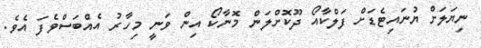
ނިޔަލަށް ޔުނައިޓެޑަށް ފަލްކާއޯ ދޫކޮށްލަން މޮނާކޯ އިން ވަނީ މިހާރު އެއްބަސްވެފަ އެވެ.